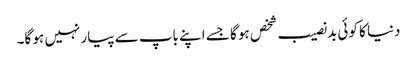
دنیا کا کوئی بدنصیب شخص ہو گا جسے اپنے باپ سے پیار نہیں ہو گا۔